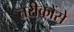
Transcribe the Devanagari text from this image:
तरीकोंसे